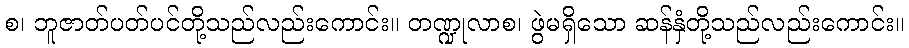
စ၊ ဘူဇာတ်ပတ်ပင်တို့သည်လည်းကောင်း။ တဏ္ဍုလာစ၊ ဖွဲမရှိသော ဆန်နှံတို့သည်လည်းကောင်း။